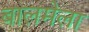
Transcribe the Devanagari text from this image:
बालमेला